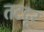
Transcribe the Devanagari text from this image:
तटदूर